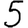
Digit: 5